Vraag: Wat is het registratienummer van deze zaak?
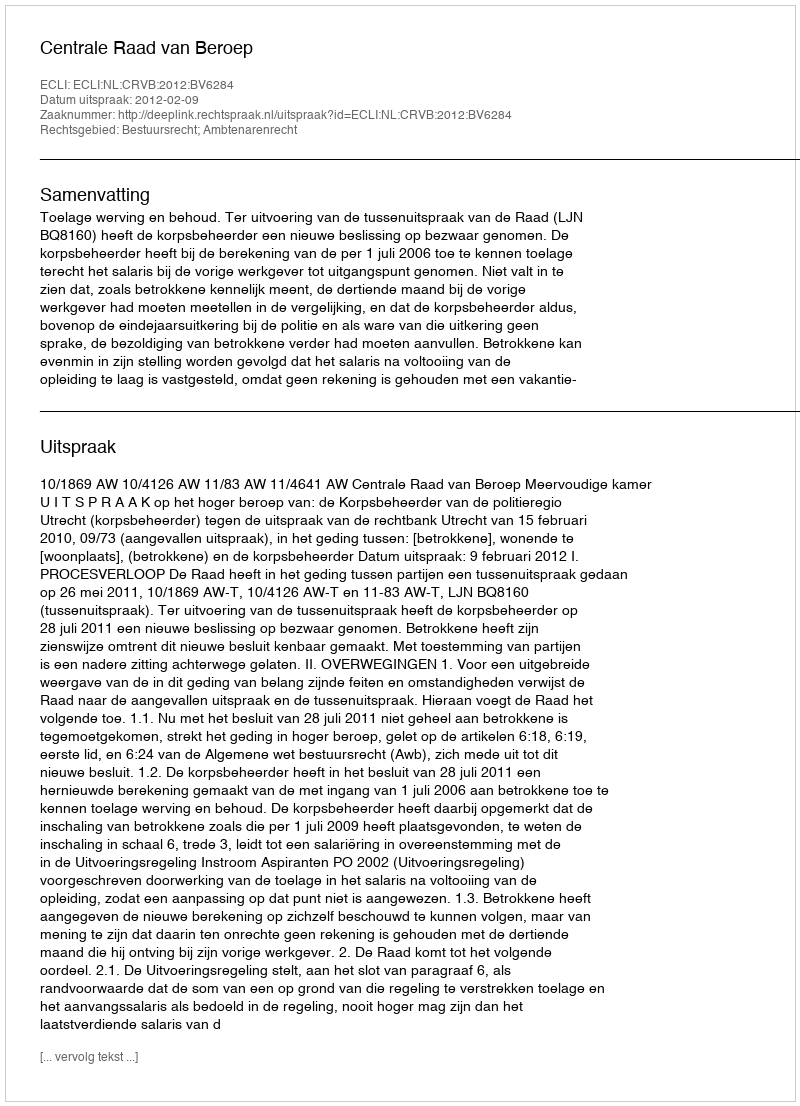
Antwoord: http://deeplink.rechtspraak.nl/uitspraak?id=ECLI:NL:CRVB:2012:BV6284